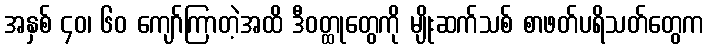
အနှစ် ၄၀၊ ၆၀ ကျော်ကြာတဲ့အထိ ဒီဝတ္ထုတွေကို မျိုးဆက်သစ် စာဖတ်ပရိသတ်တွေက